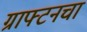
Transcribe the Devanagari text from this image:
ग्राफ्टनचा